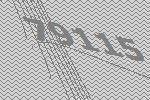
79115